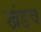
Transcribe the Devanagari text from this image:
खंडच